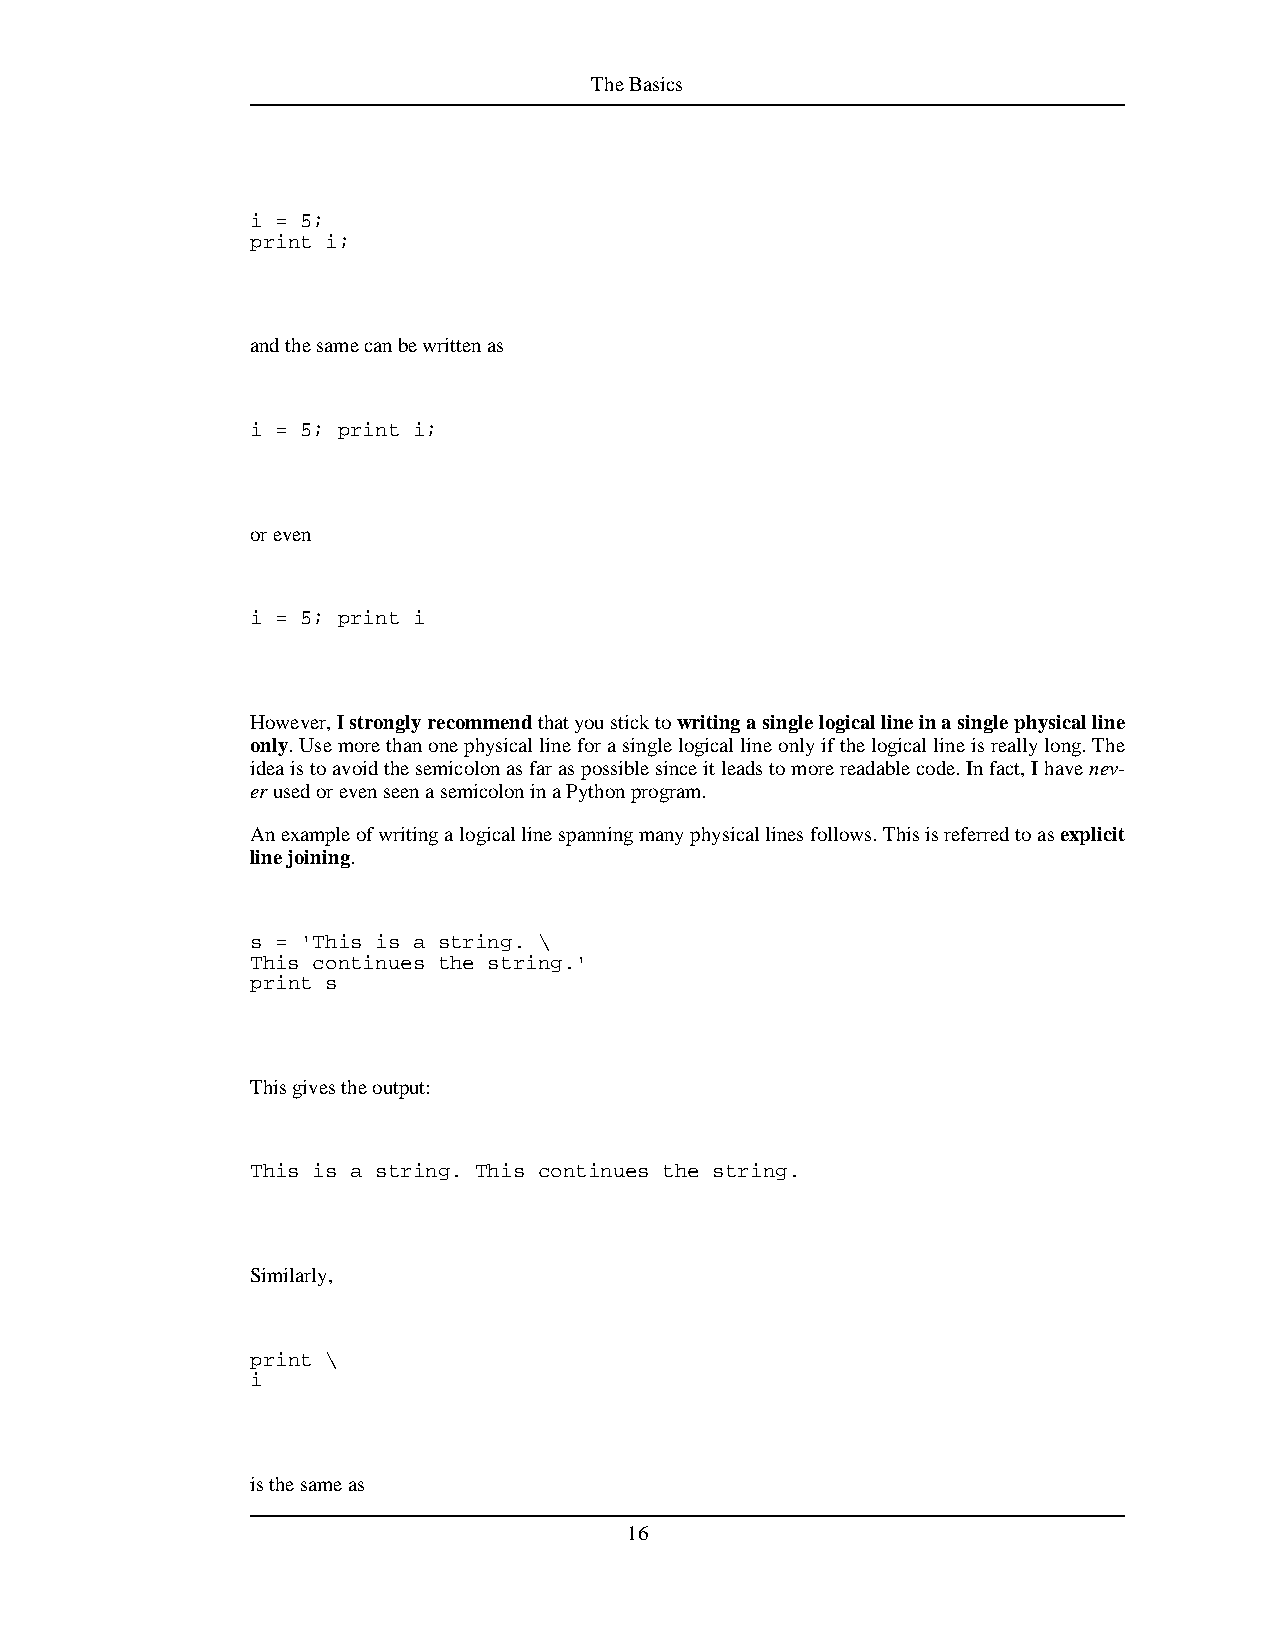
TheBasics
 i = 5;
 print i;
 andthesamecanbewrittenas
 i = 5; print i;
 oreven
 i = 5; print i
 However,Istronglyrecommendthatyousticktowritingasinglelogicallineinasinglephysicalline
 only.Usemorethanonephysicallineforasinglelogicallineonlyifthelogicallineisreallylong.The
 ideaistoavoidthesemicolonasfaraspossiblesinceitleadstomorereadablecode.Infact,Ihavenev-
 erusedorevenseenasemicoloninaPythonprogram.
 Anexampleofwritingalogicallinespanningmanyphysicallinesfollows.Thisisreferredtoasexplicit
 linejoining.
 s = 'This is a string. \
 This continues the string.'
 print s
 Thisgivestheoutput:
 This is a string. This continues the string.
 Similarly,
 print \
 i
 isthesameas
 16